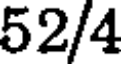
52/4